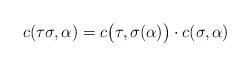
LaTeX: \begin{align*}c(\tau\sigma,\alpha)=c\big(\tau,\sigma(\alpha)\big)\cdot c(\sigma,\alpha)\end{align*}